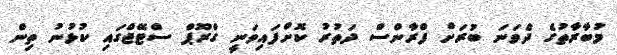
މުބާރާތުގެ ދެަވަނަ ބުރަށް ފްރާންސް ދަތުރު ކޮށްފައިވަނީ ގްރޫޕް ސްޓޭޖްގައި ކުޅުނު ތިން